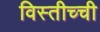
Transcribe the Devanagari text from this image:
विस्तीच्ची